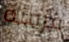
غرفته